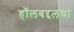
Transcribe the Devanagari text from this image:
हॉलबद्दलचा